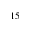
^ { 1 5 }